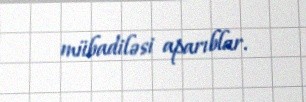
mübadiləsi aparıblar.